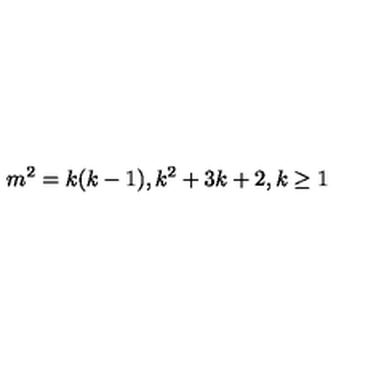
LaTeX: m ^ { 2 } = k ( k - 1 ) , k ^ { 2 } + 3 k + 2 , k \geq 1